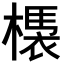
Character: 𣚝